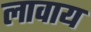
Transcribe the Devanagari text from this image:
लावाय